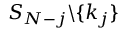
S _ { N - j } \backslash \{ k _ { j } \}